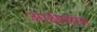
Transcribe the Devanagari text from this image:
आक्षेपांचा